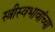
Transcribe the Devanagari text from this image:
स्त्रीस्वभावांच्या